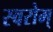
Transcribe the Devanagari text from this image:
स्वरोम्